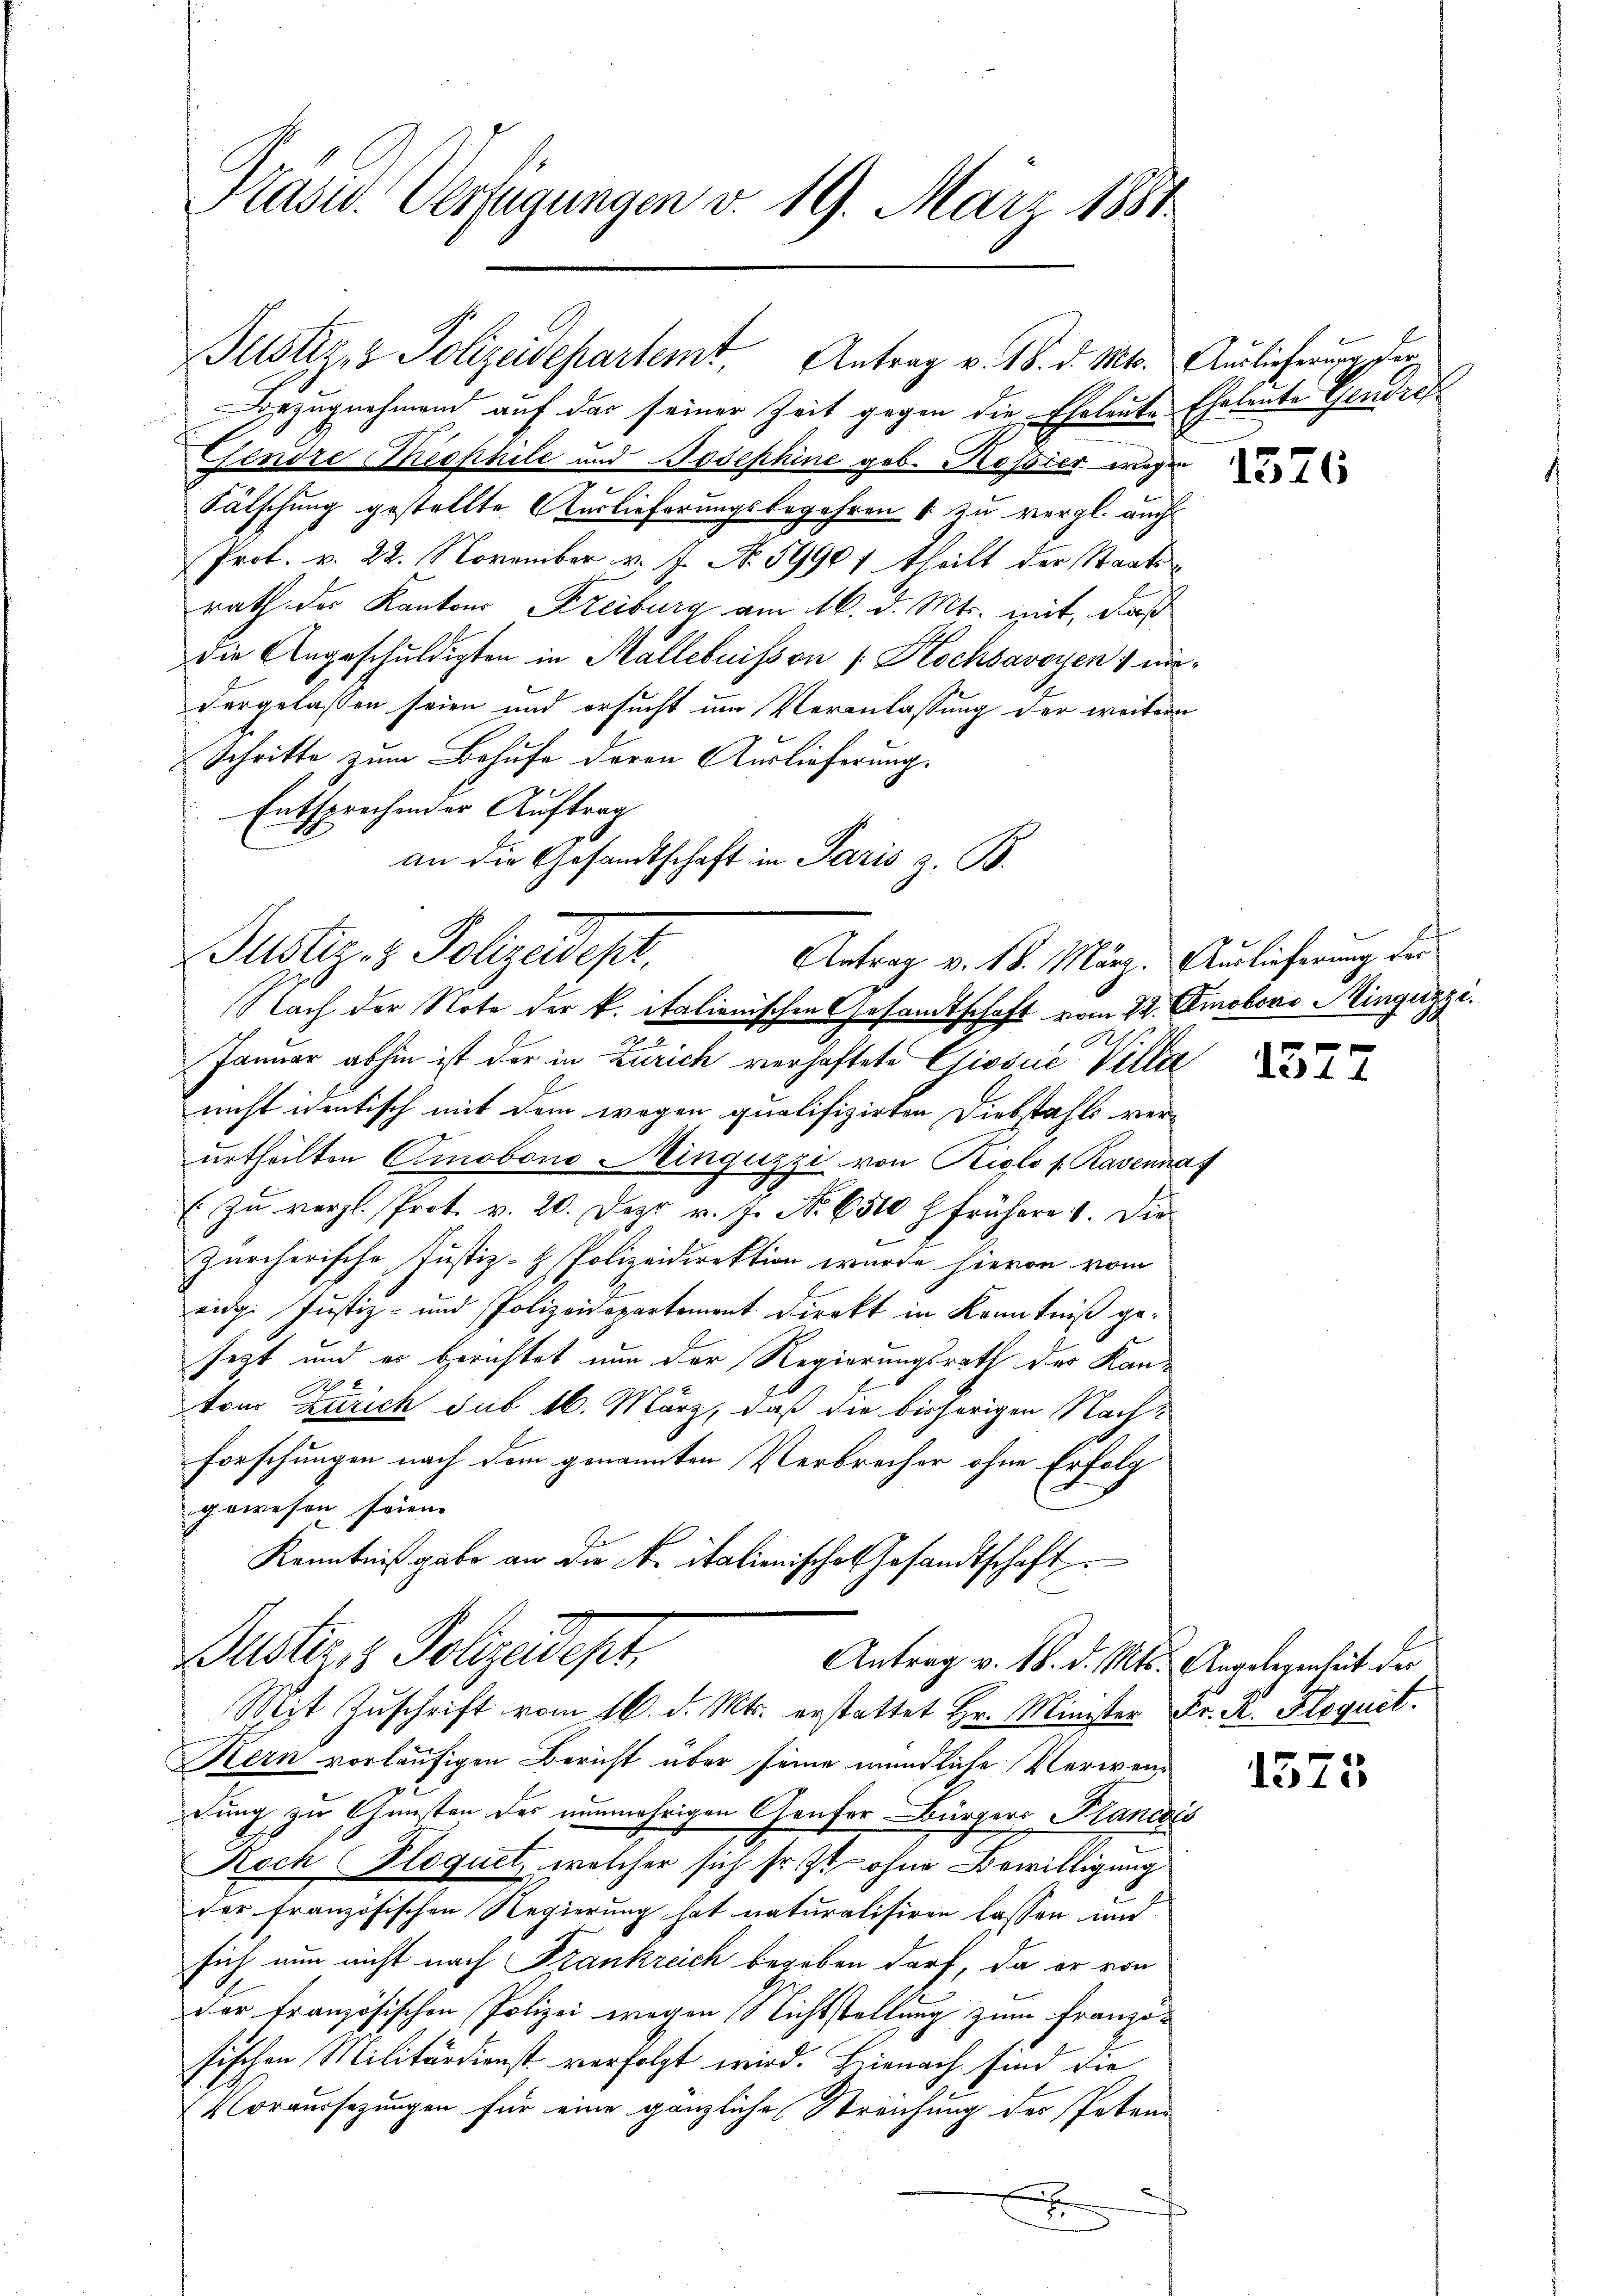
Justiz- & Polizeidepartemt. Antrag v. 18. d. Mts. Auslicherung der
Bezugnahmend auf der seiner Zeit gegen die Ehrleute Eheleute Therdros
Fendre Theophile und Josephine geb. Kossier wegen
Fälschung gestellte Auslieferungsbegehren & zu vergl. auch
Prot. v. 22. November v. J. No. 5990f theilt der Staatsrath der Kantons Kreiburg am 16. d. Mts. mit, daß
die Angeschuldigten in Mallebuisson [Hochsavoyen & nie-
vorgelassen seien und ersucht um Veranlassung der weitern
Schritte zum Behufe deren Auslieferung.
Entsprechender Auftrag
an die Gesandtschaft in Paris z. B.

Präsid.. Verfügungen v. 19. März 1884

Justiz- & Polizeidept,
Antrag v. 18. März. Auslieferung der

Justiz & Polizeidept.
Antrag v. 18. d. Mts. Angelegenheit der
Mit Zuschrift vom 16. d. Mts. erstattet Hr. Minister Fr. R. Floquit.

Nach der Note der k. italienischen Gesamtschaft vom 22. Omobors Minguzzi.
Januar abhin ist der in Zürich verhaftete Giošić Villa
nicht identisch mit dem wegen qualifizirten Diebstahls verurtheilten Cinobono Neinguzzi von Kielo f Ravenna
Zu vergl. Prot. v. 20. Dez. v. J. No. 6500 frühere 4. Die
Zürcherische Justiz- & Polizeidirektion wurde hievon vom
eige Justiz- und Polizeidepartement Direkt in Kenntniß gesezt und es berichtet nun der Regierungsrath der Kan¬
2
vom Zürich sub 16. März, daß die bisherigen Nach¬
Forschungen nach dem genannten Verbrecher ohne Erfolg
gewesen seien. |
Kenntnißgabe an die N. italienische Gesandtschaft

Kern vorläufigen Bericht über seine mündliche Verwendung zu Gunsten des nunmehrigen Genfer Bürgers Plancois
Koch Floquet, welcher sich so ist ohne Bewilligung
der französischen Regierung hat naturalisiren lassen und
sich nun nicht nach Frankreich begeben darf, da er von
der französischen Polizei wegen Nichtstellung zum Franzöfischen Militärdienst verfolgt wird. Hienach sind die
Voraussetzungen für eine gänzliche Streichung des Peten
x

1376

1577

1575